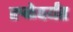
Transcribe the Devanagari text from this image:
रुळेपर्यंत